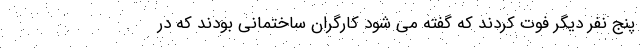
پنج نفر دیگر فوت کردند که گفته می شود کارگران ساختمانی بودند که در